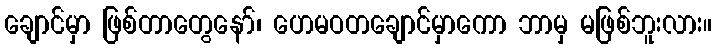
ချောင်မှာ ဖြစ်တာတွေနော်၊ ဟေမဝတချောင်မှာကော ဘာမှ မဖြစ်ဘူးလား။